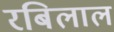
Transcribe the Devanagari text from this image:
रबिलाल